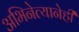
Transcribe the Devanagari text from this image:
अभिनेत्यानेही